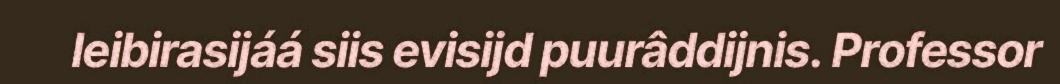
leibirasijáá siis evisijd puurâddijnis. Professor